Problem: 24 + 1 = ?
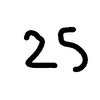
Handwritten answer: 25